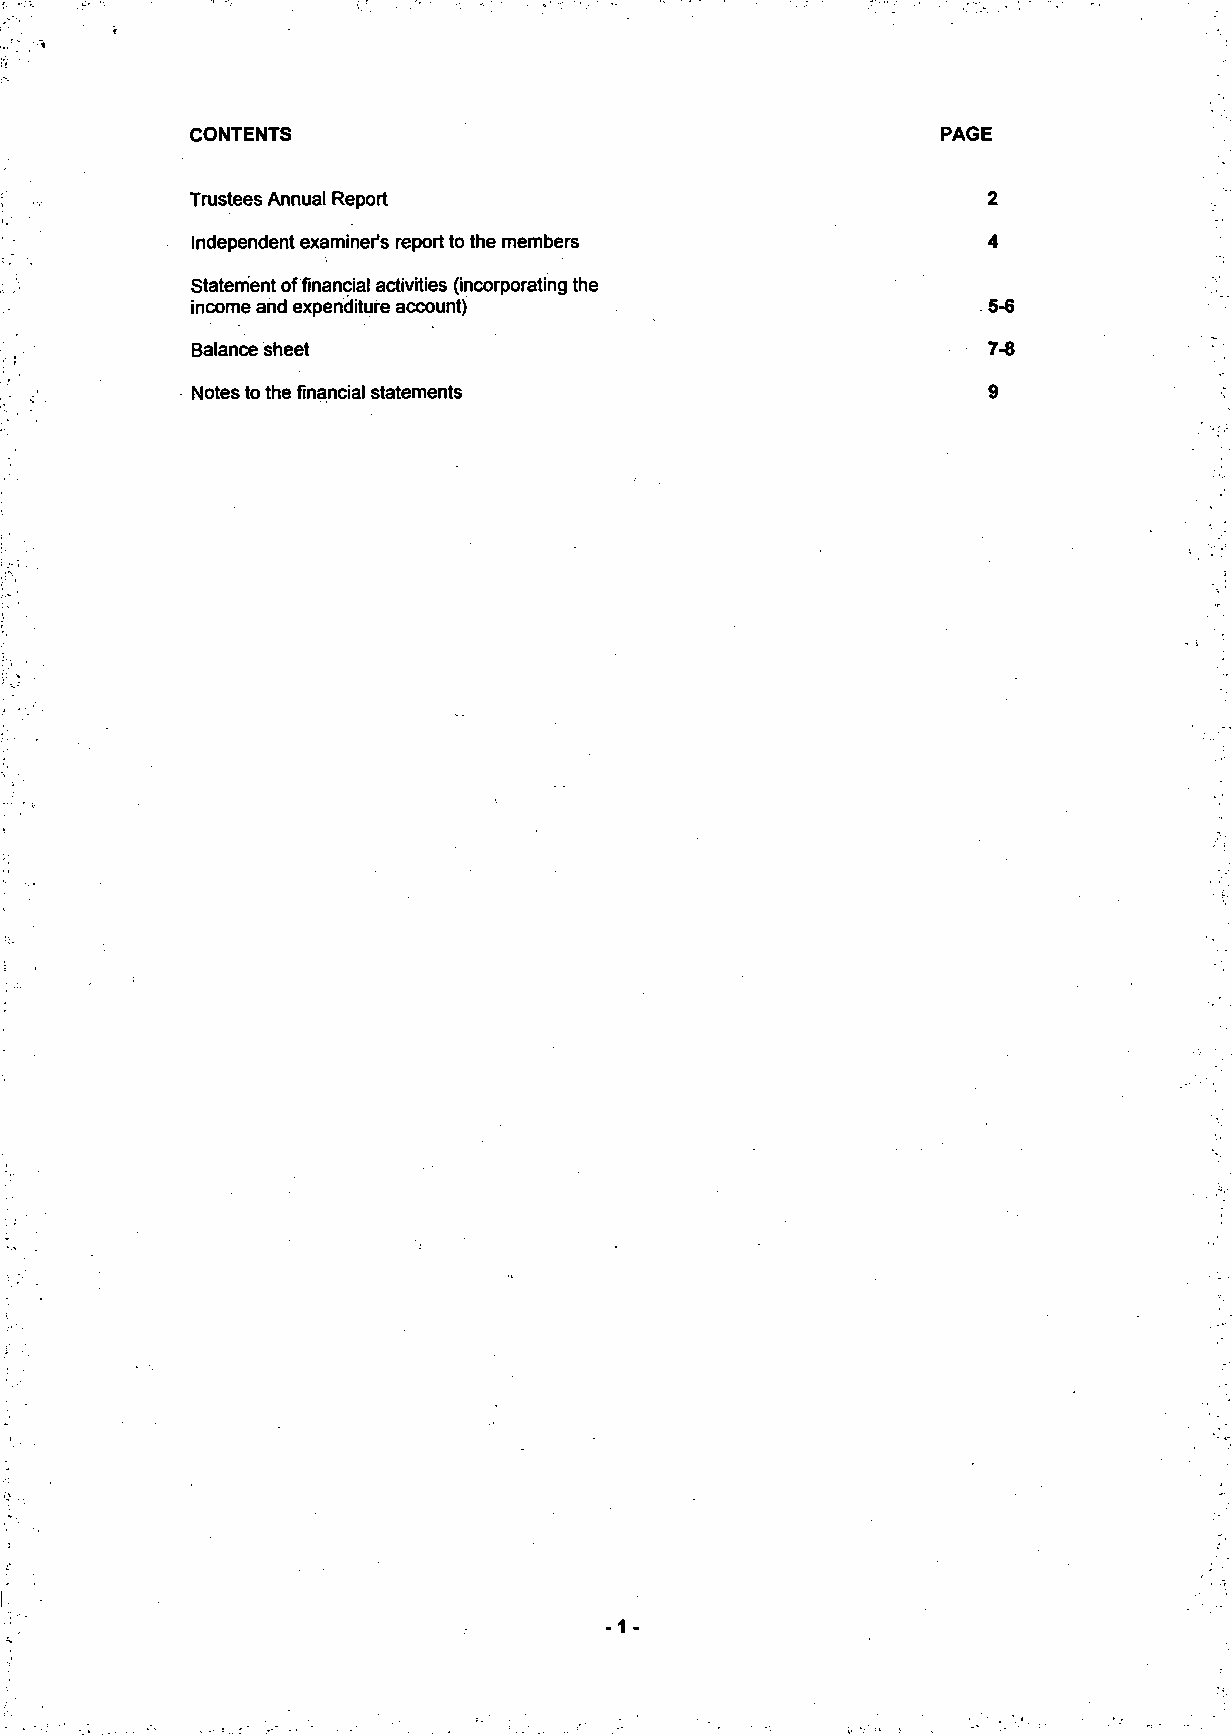
CONTENTS                                         PAGE
 Trustees Annual Report                               2
 Independent examiner's report to the members         4
 Statement of financial activities (incorporating the
 income and expenditure account)                      5-6
 Balance sheet                                        7-8
 Notes to the financial statements                    9